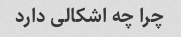
چرا چه اشکالی دارد